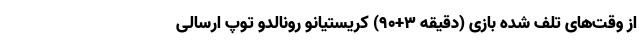
از وقت‌های تلف شده بازی (دقیقه 3+90) کریستیانو رونالدو توپ ارسالی